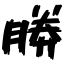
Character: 勝